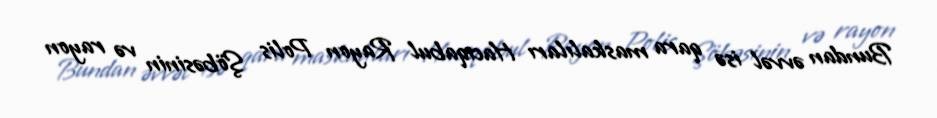
Bundan əvvəl isə qara maskalıları Hacıqabul Rayon Polis Şöbəsinin və rayon